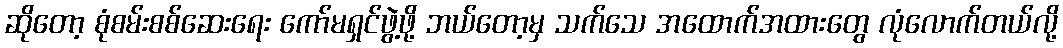
ဆိုတော့ စုံစမ်းစစ်ဆေးရေး ကော်မရှင်ဖွဲ့ဖို့ ဘယ်တော့မှ သက်သေ အထောက်အထားတွေ လုံလောက်တယ်လို့